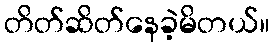
တိတ်ဆိတ်နေခဲ့မိတယ်။